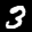
Label: 3